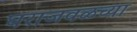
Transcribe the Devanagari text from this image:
घराजवळच्या